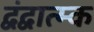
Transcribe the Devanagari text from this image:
द्वंद्वात्म्क